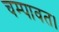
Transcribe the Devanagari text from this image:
चम्पावत।